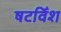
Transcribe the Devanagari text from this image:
षटविँश